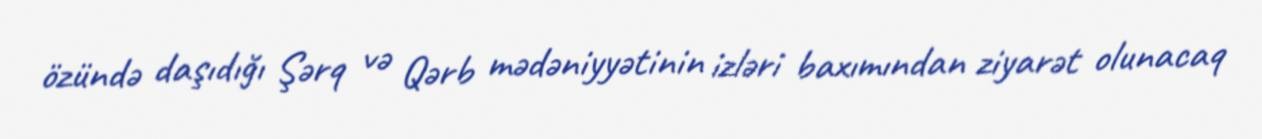
özündə daşıdığı Şərq və Qərb mədəniyyətinin izləri baxımından ziyarət olunacaq